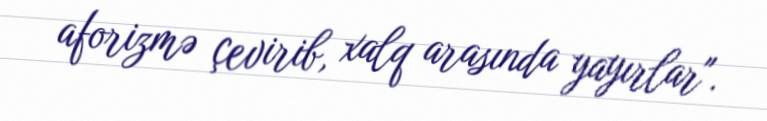
aforizmə çevirib, xalq arasında yayırlar".